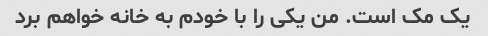
یک مک است. من یکی را با خودم به خانه خواهم برد